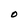
Character: O